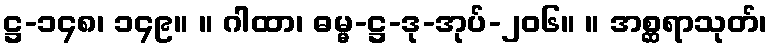
ဋ္ဌ-၁၄၈၊ ၁၄၉။ ။ ဂါထာ၊ ဓမ္မ-ဋ္ဌ-ဒု-အုပ်-၂၀၆။ ။ အစ္ဆရာသုတ်၊